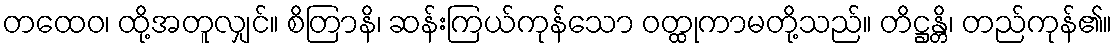
တထေဝ၊ ထို့အတူလျှင်။ စိတြာနိ၊ ဆန်းကြယ်ကုန်သော ဝတ္ထုကာမတို့သည်။ တိဋ္ဌန္တိ၊ တည်ကုန်၏။